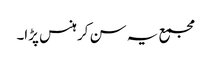
مجمع یہ سن کر ہنس پڑا۔